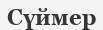
Сүймер